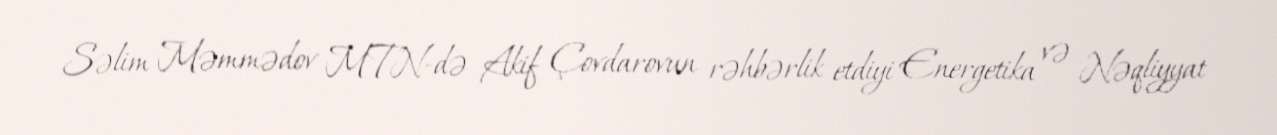
Səlim Məmmədov MTN-də Akif Çovdarovun rəhbərlik etdiyi Energetika və Nəqliyyat